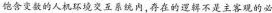
饱含变数的人机环境交互系统内，存在的逻辑不是主客观的必